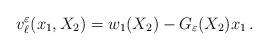
LaTeX: \begin{align*}v_\ell^\varepsilon (x_1,X_2)= w_1(X_2) -G_\varepsilon(X_2)x_1\,. \end{align*}